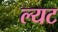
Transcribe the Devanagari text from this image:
ल्यट